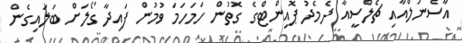
އާސެނަލްއާއި ޗެލްސީއާ ދެމެދު ޕޮއިންޓްގެ ގޮތުން ހަމަހަމަ ވުމުން ފައިދާ ގޯލަށް ބަލައިގެން